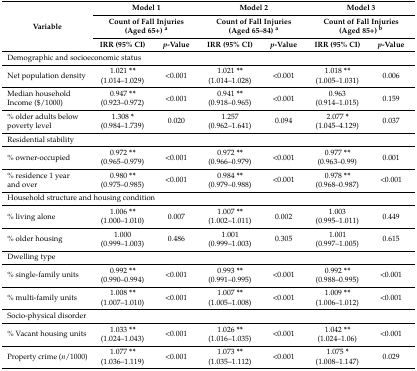
<table><thead><tr><td rowspan="3"><b>Variable</b></td><td colspan="2"><b>Model 1</b></td><td colspan="2"><b>Model 2</b></td><td colspan="2"><b>Model 3</b></td></tr><tr><td colspan="2"><b>Count of Fall Injuries (Aged 65+) <sup>a</sup></b></td><td colspan="2"><b>Count of Fall Injuries (Aged 65–84) <sup>a</sup></b></td><td colspan="2"><b>Count of Fall Injuries (Aged 85+) <sup>b</sup></b></td></tr><tr><td><b>IRR (95% CI)</b></td><td><b><i>p</i>-Value</b></td><td><b>IRR (95% CI)</b></td><td><b><i>p</i>-Value</b></td><td><b>IRR (95% CI)</b></td><td><b><i>p</i>-Value</b></td></tr></thead><tbody><tr><td colspan="7">Demographic and socioeconomic status</td></tr><tr><td>Net population density</td><td>1.021 <b>**</b>(1.014–1.029)</td><td>&lt;0.001</td><td>1.021 <b>**</b>(1.014–1.028)</td><td>&lt;0.001</td><td>1.018 <b>**</b>(1.005–1.031)</td><td>0.006</td></tr><tr><td>Median household Income ($/1000)</td><td>0.947 <b>**</b>(0.923–0.972)</td><td>&lt;0.001</td><td>0.941 <b>**</b>(0.918–0.965)</td><td>&lt;0.001</td><td>0.963(0.914–1.015)</td><td>0.159</td></tr><tr><td>% older adults below poverty level </td><td>1.308 <b>*</b>(0.984–1.739)</td><td>0.020</td><td>1.257(0.962–1.641)</td><td>0.094</td><td>2.077 <b>*</b>(1.045–4.129)</td><td>0.037</td></tr><tr><td colspan="7">Residential stability</td></tr><tr><td>% owner-occupied</td><td>0.972 <b>**</b>(0.965–0.979)</td><td>&lt;0.001</td><td>0.972 <b>**</b>(0.966–0.979)</td><td>&lt;0.001</td><td>0.977 <b>**</b>(0.963–0.99)</td><td>0.001</td></tr><tr><td>% residence 1 year and over</td><td>0.980 <b>**</b>(0.975–0.985)</td><td>&lt;0.001</td><td>0.984 <b>**</b>(0.979–0.988)</td><td>&lt;0.001</td><td>0.978 <b>**</b>(0.968–0.987)</td><td>&lt;0.001</td></tr><tr><td colspan="7">Household structure and housing condition </td></tr><tr><td>% living alone</td><td>1.006 <b>**</b>(1.000–1.010)</td><td>0.007</td><td>1.007 <b>**</b>(1.002–1.011)</td><td>0.002</td><td>1.003(0.995–1.011)</td><td>0.449</td></tr><tr><td>% older housing</td><td>1.000(0.999–1.003)</td><td>0.486</td><td>1.001(0.999–1.003)</td><td>0.305</td><td>1.001(0.997–1.005)</td><td>0.615</td></tr><tr><td colspan="7">Dwelling type</td></tr><tr><td>% single-family units</td><td>0.992 <b>**</b>(0.990–0.994)</td><td>&lt;0.001</td><td>0.993 <b>**</b>(0.991–0.995)</td><td>&lt;0.001</td><td>0.992 <b>**</b>(0.988–0.995)</td><td>&lt;0.001</td></tr><tr><td>% multi-family units</td><td>1.008 <b>**</b>(1.007–1.010)</td><td>&lt;0.001</td><td>1.007 <b>**</b>(1.005–1.008)</td><td>&lt;0.001</td><td>1.009 <b>**</b>(1.006–1.012)</td><td>&lt;0.001</td></tr><tr><td colspan="7">Socio-physical disorder</td></tr><tr><td>% Vacant housing units </td><td>1.033 <b>**</b>(1.024–1.043)</td><td>&lt;0.001</td><td>1.026 <b>**</b>(1.016–1.035)</td><td>&lt;0.001</td><td>1.042 <b>**</b>(1.024–1.06)</td><td>&lt;0.001</td></tr><tr><td>Property crime (<i>n</i>/1000)</td><td>1.077 <b>**</b>(1.036–1.119)</td><td>&lt;0.001</td><td>1.073 <b>**</b>(1.035–1.112)</td><td>&lt;0.001</td><td>1.075 <b>*</b>(1.008–1.147)</td><td>0.029</td></tr></tbody></table>